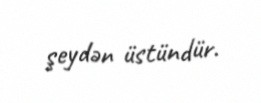
şeydən üstündür.